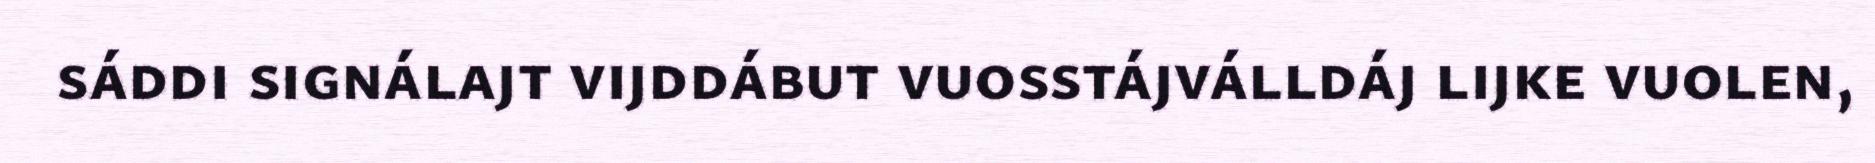
sáddi signálajt vijddábut vuosstájválldáj lijke vuolen,